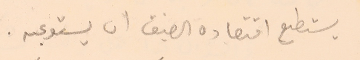
يستطع اقتصاده الضيق ان يستوعبه.